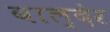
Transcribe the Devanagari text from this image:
बाल्देर